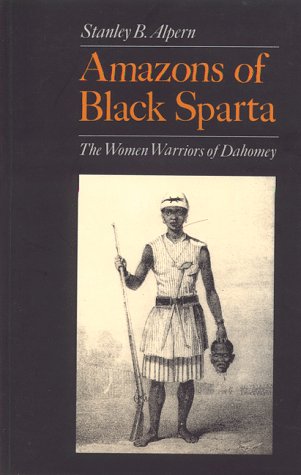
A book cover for Amazons of Black Sparta : The Women Warriors of Dahomey; Stanley B. Alpern; Politics & Social Sciences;